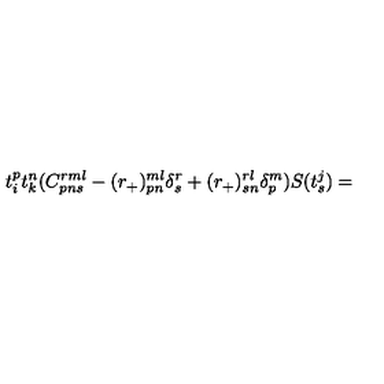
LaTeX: t _ { i } ^ { p } t _ { k } ^ { n } ( C _ { p n s } ^ { r m l } - ( r _ { + } ) _ { p n } ^ { m l } \delta _ { s } ^ { r } + ( r _ { + } ) _ { s n } ^ { r l } \delta _ { p } ^ { m } ) S ( t _ { s } ^ { j } ) =